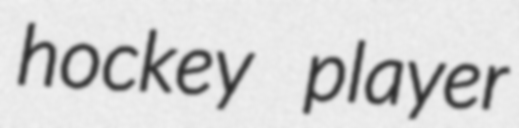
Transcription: hockey player